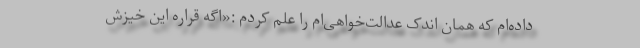
داده‌ام که همان اندک عدالت‌خواهی‌ام را عَلم کردم :«اگه قراره این خیزش